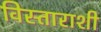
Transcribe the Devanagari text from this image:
विस्ताराशी